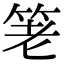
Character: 䇭